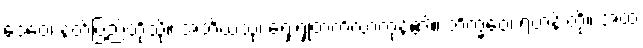
ဒေဝေ၊ နတ်ပြည်တို့သို့။ အဘိယံသု၊ ရှေးရှုတက်လာကုန်၏။ ဘိက္ခဝေ၊ ရဟန်းတို့။ အထ